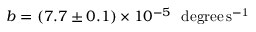
b = ( 7 . 7 \pm 0 . 1 ) \times 1 0 ^ { - 5 } ~ \mathrm { \ d e g r e e \, s ^ { - 1 } }